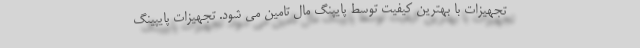
تجهیزات با بهترین کیفیت توسط پایپنگ مال تامین می شود. تجهیزات پایپینگ